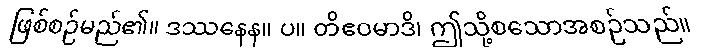
ဖြစ်စဉ်မည်၏။ ဒဿနေန။ ပ။ တိဧဝမာဒိ၊ ဤသို့စသောအစဉ်သည်။